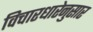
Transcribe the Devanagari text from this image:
विचारधारेनुसार